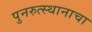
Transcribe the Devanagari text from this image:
पुनरुत्स्थानाचा